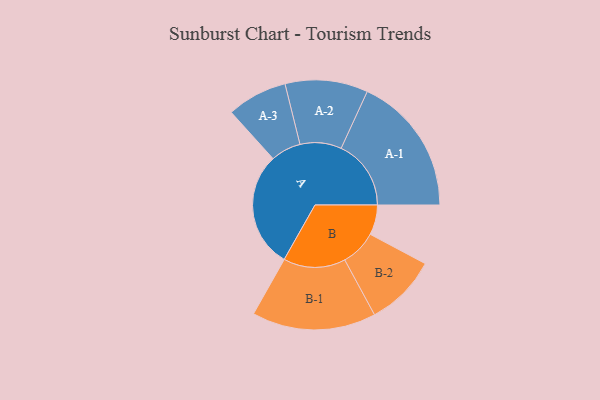
{"axis": {"x": "Segment", "y": "Value"}, "legend": ["", "A", "B"], "data": [{"x": "A", "y": 488, "type": ""}, {"x": "B", "y": 126, "type": ""}, {"x": "A-1", "y": 294, "type": "A"}, {"x": "A-2", "y": 174, "type": "A"}, {"x": "A-3", "y": 127, "type": "A"}, {"x": "B-1", "y": 261, "type": "B"}, {"x": "B-2", "y": 151, "type": "B"}]}